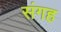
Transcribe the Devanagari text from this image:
संगह